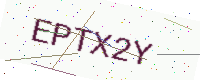
Text: EPTX2Y